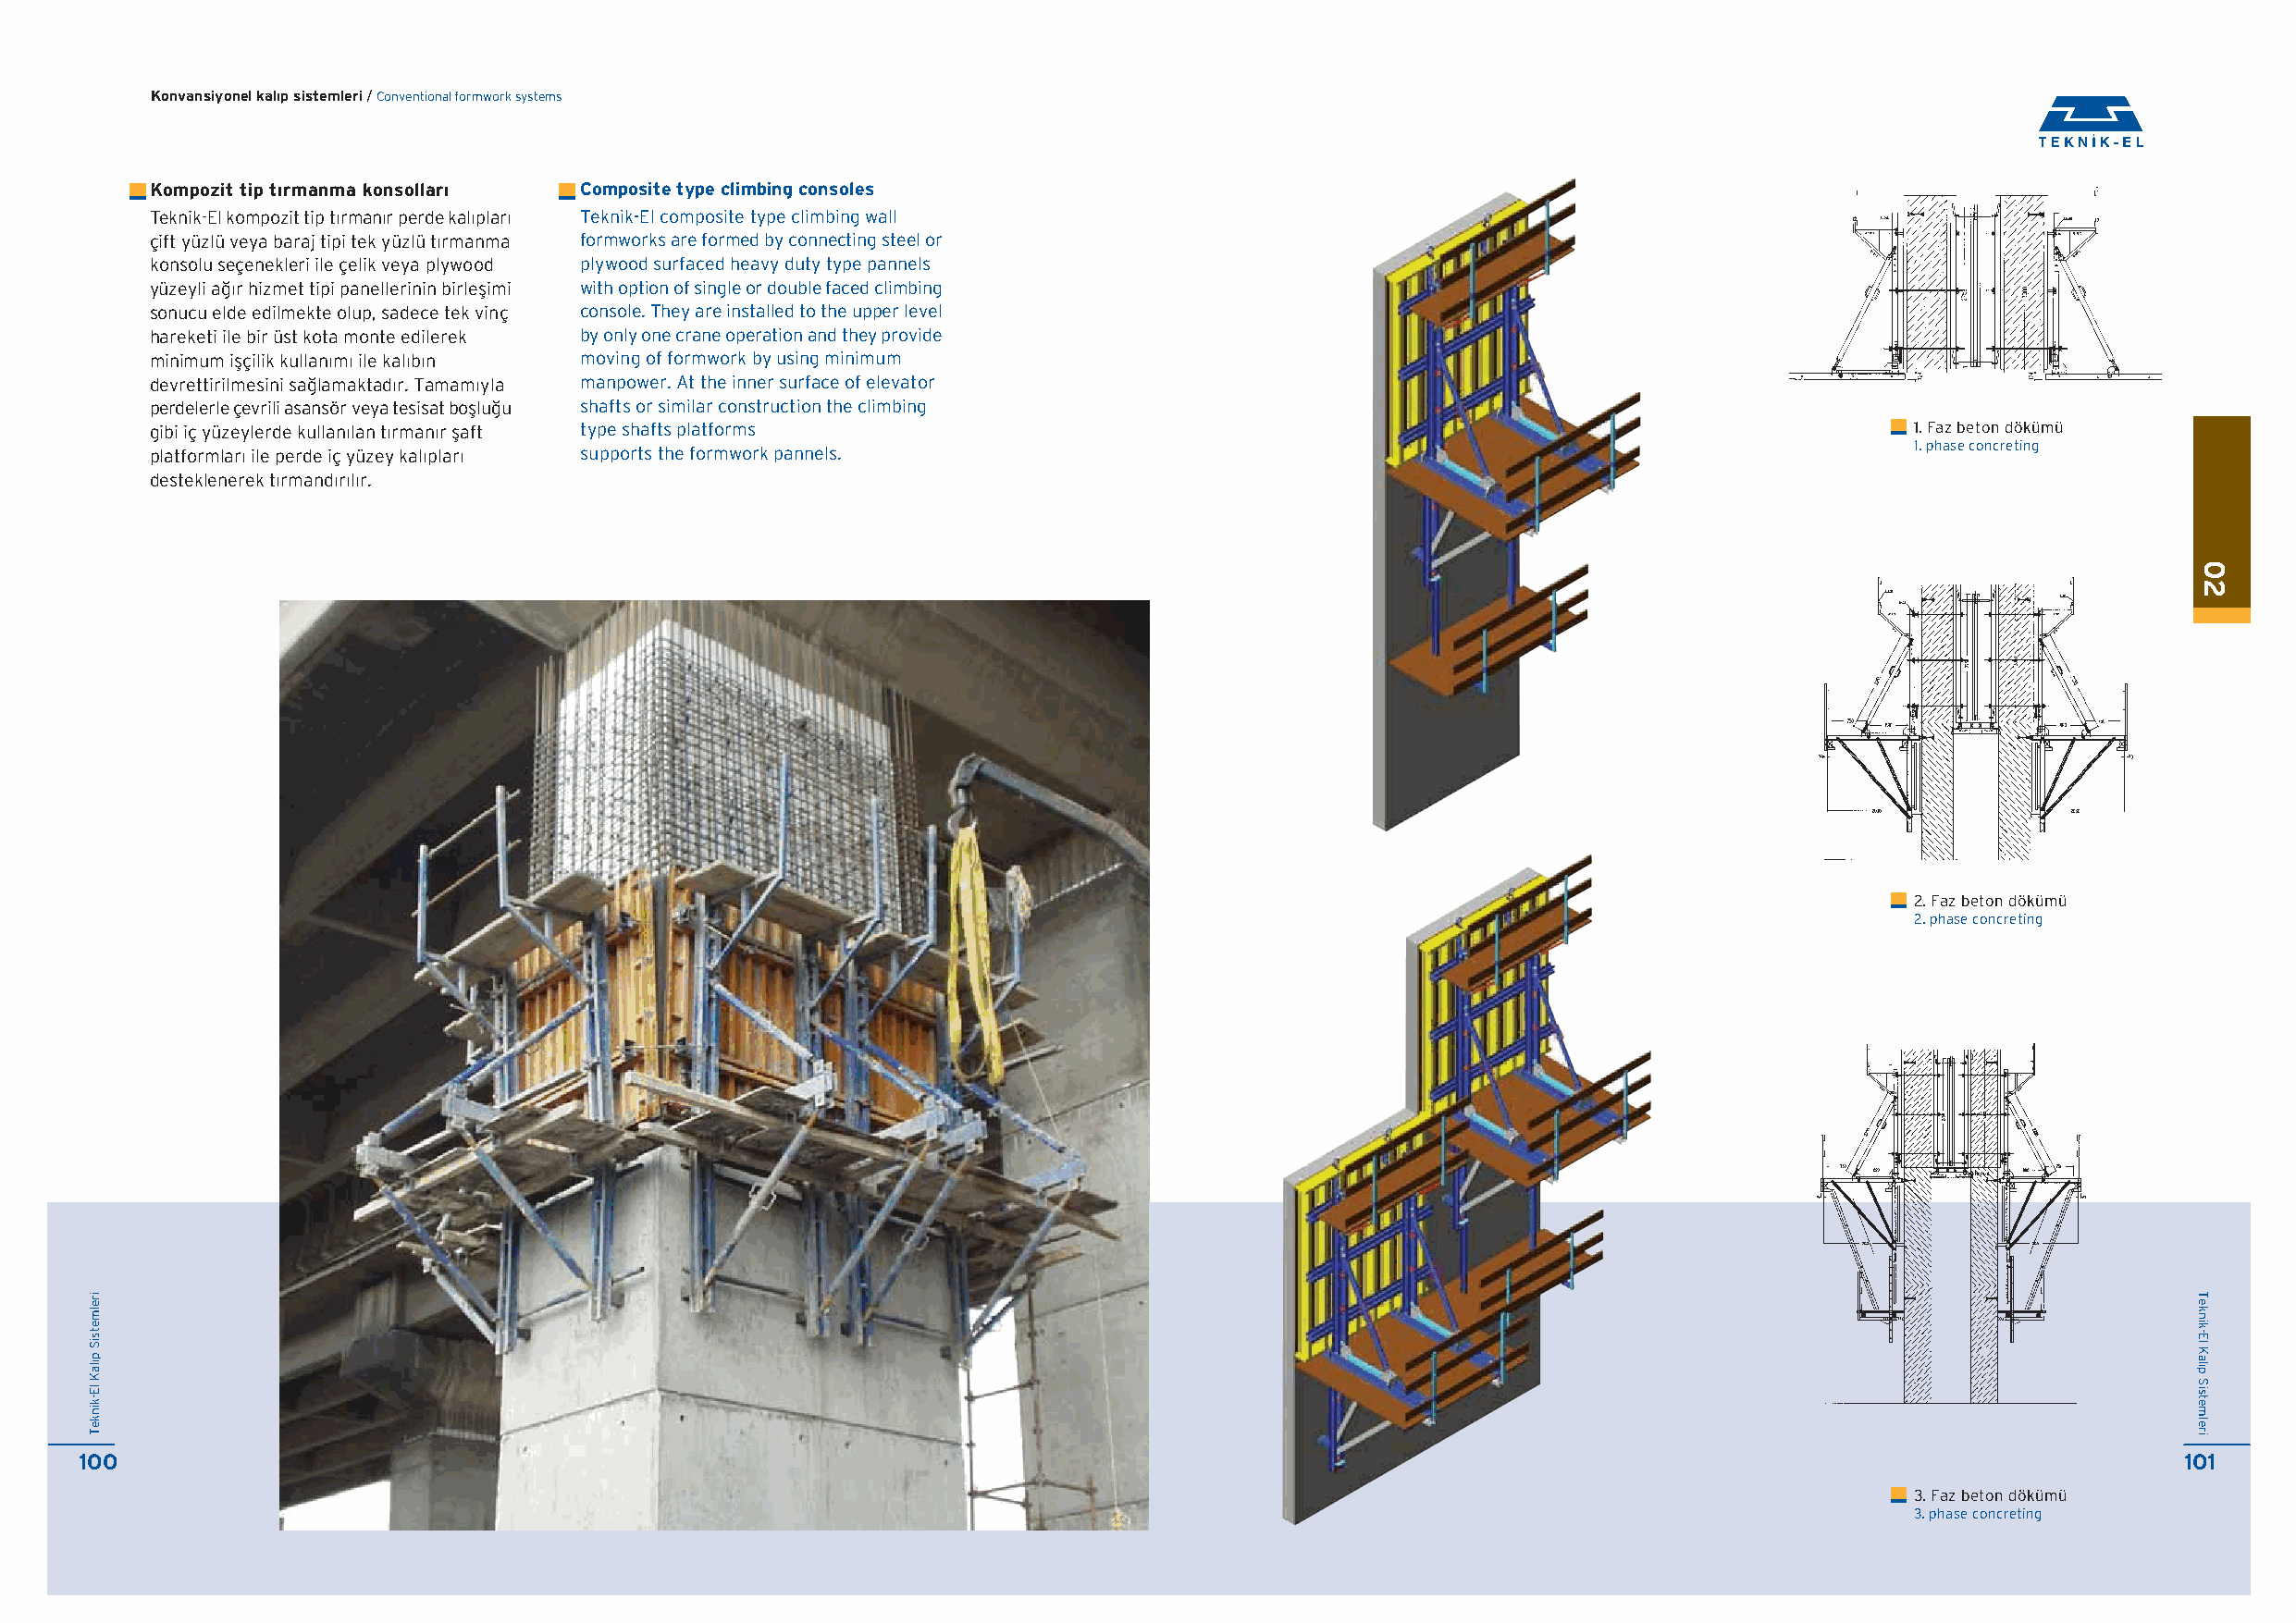
Konvansiyonel kal›p sistemleri / Conventional formwork systems
 Kompozit tip t›rmanma konsollar› Composite type climbing consoles
 Teknik-El kompozit tip t›rman›r perde kal›plar› Teknik-El composite type climbing wall
 çift yüzlü veya baraj tipi tek yüzlü t›rmanma formworks are formed by connecting steel or
 konsolu seçenekleri ile çelik veya plywood plywood surfaced heavy duty type pannels
 yüzeyli a¤›r hizmet tipi panellerinin birleflimi with option of single or double faced climbing
 sonucu elde edilmekte olup, sadece tek vinç console. They are installed to the upper level
 hareketi ile bir üst kota monte edilerek by only one crane operation and they provide
 minimum iflçilik kullan›m› ile kal›b›n moving of formwork by using minimum
 devrettirilmesini sa¤lamaktad›r. Tamam›yla manpower. At the inner surface of elevator
 perdelerle çevrili asansör veya tesisat bofllu¤u shafts or similar construction the climbing
 gibi iç yüzeylerde kullan›lan t›rman›r flaft type shafts platforms                                                            1. Faz beton dökümü
 1. phase concreting
 platformlar› ile perde iç yüzey kal›plar› supports the formwork pannels.
 desteklenerek t›rmand›r›l›r.
 2. Faz beton dökümü
 2. phase concreting
 100                                                                                                                                                   101
 3. Faz beton dökümü
 3. phase concreting
 irelmetsiS
 p›laK
 lE-kinkeT
 02
 Teknik-El
 Kal›p
 Sistemleri